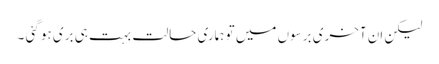
لیکن اِن آخری برسوں میں تو ہماری حالت بہت ہی بری ہو گئی ۔